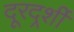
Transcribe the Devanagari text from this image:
दूरदर्र्शी